Medical and sanitary report on the native army of Bombay for the year
Year: 1877
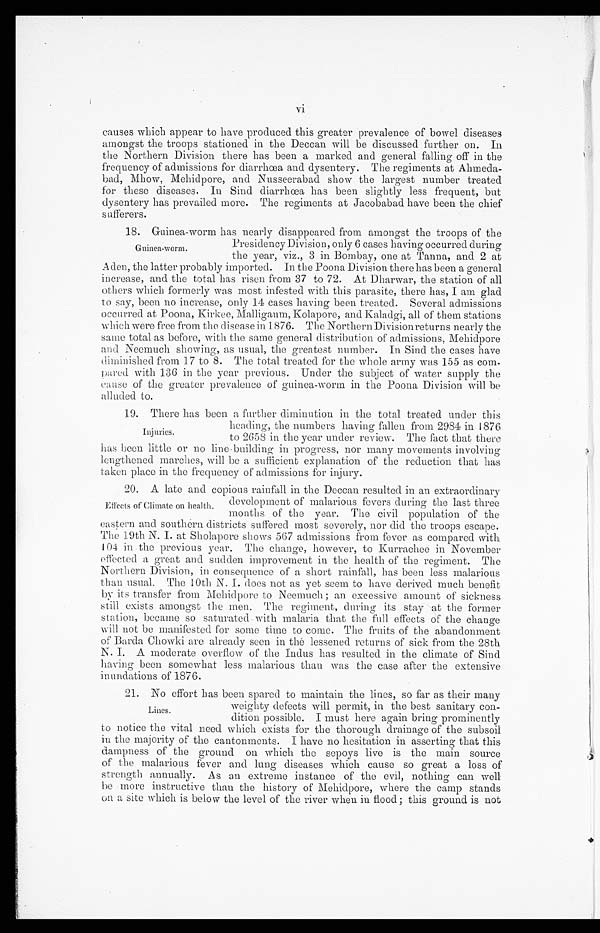
vi
causes which appear to have produced this greater prevalence of bowel diseases
amongst the troops stationed in the Deccan will be discussed further on. In
the Northern Division there has been a marked and general falling off in the
frequency of admissions for diarrhœa and dysentery. The regiments at Ahmeda
- b a d , Mh o w, Me h i d p o r e , a n d Nu s s e e r a b a d s h o w t h e l a r g e s t n u mb e r t r e a t e d
for these diseases. In Sind diarrhœa has been slightly less frequent, but
dysentery has prevailed more. The regiments at Jacobabad have been the chief
sufferers.
18. Guinea-worm has nearly disappeared from amongst the troops of the
Presidency Division, only 6 cases having occurred during
the year, viz., 3 in Bombay, one at Tanna, and 2 at
Aden, the latter probably imported. In the Poona Division there has been a general
increase, and time total has risen from 37 to 72. At Dharwar, the station of all
others which formerly was most infested with this parasite, there has, I am glad
to say, been no increase, only 14 cases having been treated. Several admissions
occurred at Poona, Kirkee, Malligaum, Kolapore, and Kaladgi, all of them stations
which were free from the disease in 1876. The Northern Division returns nearly the
same total as before, with the same general distribution of admissions, Mehidpore
and Neemuch showi ng, as usual , t he great est number. In Si nd t he cases have di mi ni shed from 17 t o 8. The t ot al t reat ed for t he whol e army was 155 as com-pared wi t h 136 i n t he year previ ous. Under t he subj ect of wat er suppl y t he cause of t he great er preval ence of gui nea-worm i n t he Poona Di vi si on wi l l be al l uded t o.
19. There has been a further diminution in the total treated under this
heading, the numbers having fallen from 2984 in 1876
to 2658 in the year under review. The fact that there
has been little or no line building in progress, nor many movements involving
lengthened marches, will be a sufficient explanation of the reduction that has
taken place in the frequency of admissions for injury.
20. A late and copious rainfall in the Deccan resulted in an extraordinary
development of malarions fevers during the last three
months. of the year. The civil population of the.
eastern and southern districts suffered most severely, nor did the troops escape.
The 19th N. I. at Sholapore shows 567 admissions from fever as compared with
104 in the previous year. The change, however, to Kurrachee in November
effected a great and sudden improvement in the health of the regiment. The
Northern Division, in consequence of a short rainfall, has been less malarious
than usual. The 10th N. I. does not as yet seem to have derived much benefit
by its transfer from Mehidpore to Neemuch; an excessive amount of sickness
still exists amongst the men. The regiment, during its stay at the former
station, became so saturated with malaria that the full effects of the change
will not be manifested for seine time to come. The fruits of the abandonment
of Barda Chowki are already seen in the lessened returns of sick from the 28th
N. I. A moderate overflow of the Indus has resulted in the climate of Sind
having been somewhat less malarious than was the case after the extensive
i n undations of 1876.
21. No effort has been spared to maintain the lines, so far as their many
weighty defects will permit, in the best sanitary con
-
dition possible. I must here again bring prominently
to notice the vital need which exists for the thorough drainage of the subsoil
in the majority of the cantonments. I have no hesitation in asserting that this
dampness of the ground on which the sepoys live is the main source
of the malarious fever and lung diseases which cause so great a loss of
strength annually. As an extreme instance of the evil, nothing can well
be more instructive than the history of Mehidpore, where the camp stands
on a site which is below the level of the river when iu flood; this ground is not
Guinea-worm.
Injuries.
Effects of Climate on health.
Lines.